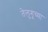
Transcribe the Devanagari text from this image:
तेलुगूच्या